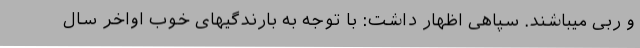
و ربی میباشند. سپاهی اظهار داشت: با توجه به بارندگیهای خوب اواخر سال